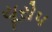
યૂરોપ